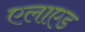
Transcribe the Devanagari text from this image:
एलाएड